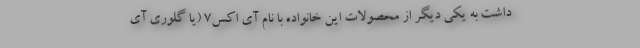
داشت به یکی دیگر از محصولات این خانواده با نام آی اکس7 (یا گلوری آی